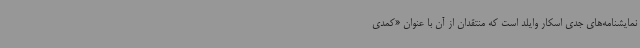
نمایشنامه‌های جدی اسکار وایلد است که منتقدان از آن با عنوان «کمدی